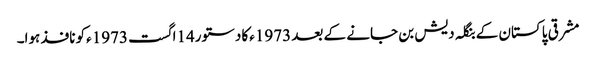
مشرقی پاکستان کے بنگلہ دیش بن جانے کے بعد 1973ءکا دستور14اگست 1973ءکو نافذ ہوا۔